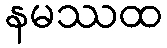
နမဿထ